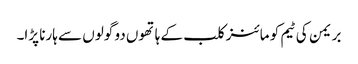
بریمن کی ٹیم کو مائنز کلب کے ہاتھوں دو گولوں سے ہارنا پڑا۔